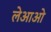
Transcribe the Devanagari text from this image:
लेआओ